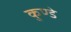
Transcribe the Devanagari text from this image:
कुण्डे